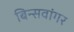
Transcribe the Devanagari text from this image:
बिन्सवांगर